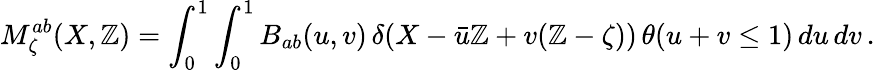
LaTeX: M_{\zeta}^{ab}(X,\mathbb{Z})=\int_{0}^{1}\int_{0}^{1}B_{ab}(u,v)\, \delta(X-\bar{{u}}\mathbb{Z}+v(\mathbb{Z}-\zeta))\, \theta(u+v\leq1)\, du\, dv\, .